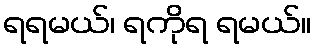
ရရမယ်၊ ရကိုရ ရမယ်။